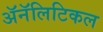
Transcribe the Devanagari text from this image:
ॲनॅलिटिकल